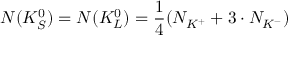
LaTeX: N ( K _ { S } ^ { 0 } ) = N ( K _ { L } ^ { 0 } ) = \frac { 1 } { 4 } ( N _ { K ^ { + } } + 3 \cdot N _ { K ^ { - } } )